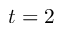
t = 2